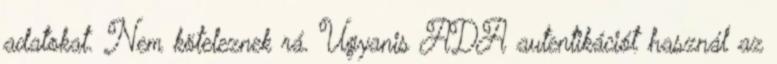
adatokat. Nem köteleznek rá. Ugyanis ADA autentikációt használ az